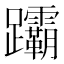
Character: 𬧞